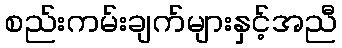
စည်းကမ်းချက်များနှင့်အညီ